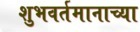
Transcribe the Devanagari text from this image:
शुभवर्तमानाच्या